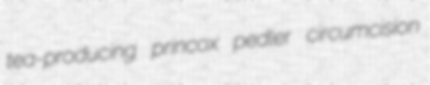
tea-producing princox pedler circumcision